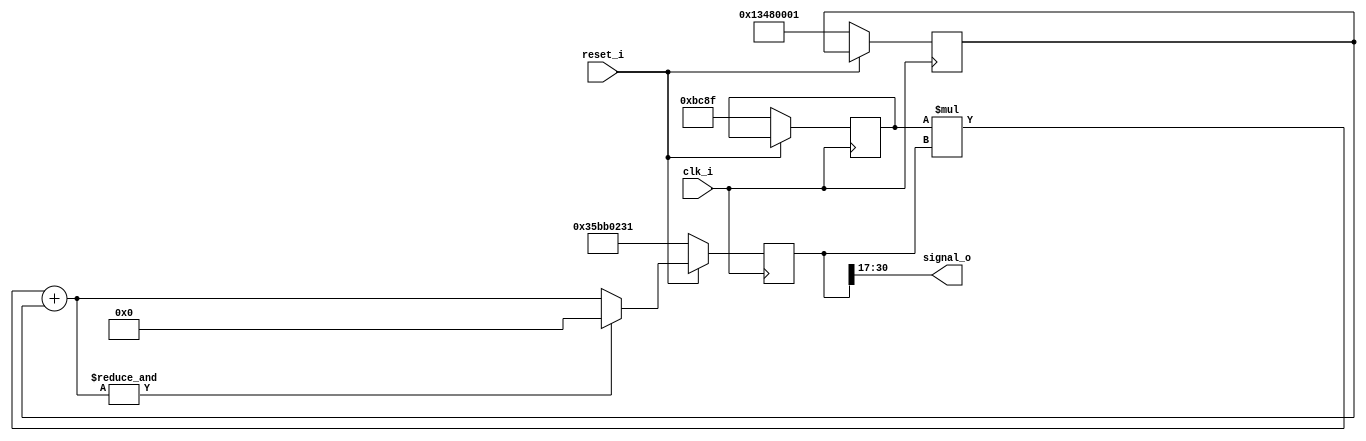
//////////////////////////////////////////////////////////////////////////////////
// Company: LKB
//
// Design Name:
// Module Name: red_pitaya_prng
// Project Name:
// Target Devices:
// Tool Versions:
// Description:
//
// Dependencies:
//
// Revision:
// Revision 0.01 - File Created
// Additional Comments:
//
//////////////////////////////////////////////////////////////////////////////////
/*
###############################################################################
#    pyrpl - DSP servo controller for quantum optics with the RedPitaya
#    Copyright (C) 2014-2016  Leonhard Neuhaus  (neuhaus@spectro.jussieu.fr)
#
#    This program is free software: you can redistribute it and/or modify
#    it under the terms of the GNU General Public License as published by
#    the Free Software Foundation, either version 3 of the License, or
#    (at your option) any later version.
#
#    This program is distributed in the hope that it will be useful,
#    but WITHOUT ANY WARRANTY; without even the implied warranty of
#    MERCHANTABILITY or FITNESS FOR A PARTICULAR PURPOSE.  See the
#    GNU General Public License for more details.
#
#    You should have received a copy of the GNU General Public License
#    along with this program.  If not, see <http://www.gnu.org/licenses/>.
###############################################################################
*/


/*
#58: Random noise generator
open
lneuhaus

Original suggestion:
x_{n+1} = (a x_n + b) modulo c

    a=16807
    b= plus ou moins n'importe quoi
    c=2^31

https://en.wikipedia.org/wiki/Lehmer_random_number_generator:

In 1988, Park and Miller2 suggested a Lehmer RNG with particular parameters
n = 231  1 = 2,147,483,647 (a Mersenne prime M31)
Given the dynamic nature of the area, it is difficult for nonspecialists to
make decisions about what generator to use. "Give me something I can understand,
implement and port... it needn't be state-of-the-art, just make sure it's
reasonably good and efficient." Our article and the associated minimal standard
generator was an attempt to respond to this request. Five years later, we see
no need to alter our response other than to suggest the use of the multiplier
a = 48271 in place of 16807.

Therefore:
x_{n+1} = (a x_n + b) modulo c
a=48271
b= 2*18 1234 + 4 (or user override)
c=2^31-1
asg_phase_register <= 2*x_n (32 bits) in fpga

asg.scale = 1.0
http://docs.scipy.org/doc/numpy/reference/generated/numpy.random.normal.html
asg.data = np.random.normal(loc=0.0, scale=sigma_in_volt, size=data_length)
*/


module red_pitaya_prng_lehmer #(
    parameter     A = 48271,      // recommended by Park and Miller
    parameter     B = 323485697,
    parameter     SEED = 901448241,
    parameter     STATEBITS = 31,
    parameter     OUTBITS   = 14
)
(
    input clk_i,
    input reset_i  ,
    output signed [OUTBITS-1:0] signal_o
);

reg [STATEBITS-1:0] xn;
wire [STATEBITS-1:0] xn_wire;
reg [STATEBITS-1:0] b;
reg [16-1:0] a;

always @(posedge clk_i)
if (reset_i == 1'b0) begin
   a <= A;
   b <= B;   // whatever
   xn <= SEED ; // whatever
end else begin
   xn <= ((&xn_wire)==1'b1) ? {STATEBITS{1'b0}} : xn_wire;
   // = very wrong modulo 2**31-1, but halves number of bits and gives
   // period of about 125 MHz and seemingly white noise
end

assign xn_wire = a * xn + b;
assign signal_o = xn[STATEBITS-1:STATEBITS-OUTBITS];
//signal_o will carry values between 0 and 2**(RSZ)-2

endmodule



// simple 32-bit xorshift generator from "Numerical recipes (C++), online version, pp. 354-355", ID G1
// the book can be found here: http://apps.nrbook.com/empanel/index.html#
// actually, this implementation contains three independent, nested generators
module red_pitaya_prng_xor #(
    parameter     B1 = 13,
    parameter     B2 = 17,
    parameter     B3 = 5,
    parameter     SEED1 = 1,
    parameter     SEED2 = 2,
    parameter     SEED3 = 3,
    parameter     STATEBITS = 32,
    parameter     OUTBITS   = 14
)
(
    input clk_i,
    input reset_i  ,
    output signed [OUTBITS-1:0] signal_o
);

reg [STATEBITS-1:0] x1;
reg [STATEBITS-1:0] x2;
reg [STATEBITS-1:0] x3;

always @(posedge clk_i) begin
  if (reset_i == 1'b0) begin
     x1 <= SEED1;
     x2 <= SEED2;
     x3 <= SEED3;
  end
  else begin
     x1 <= x3 ^ (x3 >> B1);
     x2 <= x1 ^ (x1 << B2);
     x3 <= x2 ^ (x2 >> B3);
  end
end

assign signal_o = x3[STATEBITS-1:STATEBITS-OUTBITS];

endmodule